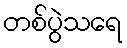
တစ်ပွဲသရေ